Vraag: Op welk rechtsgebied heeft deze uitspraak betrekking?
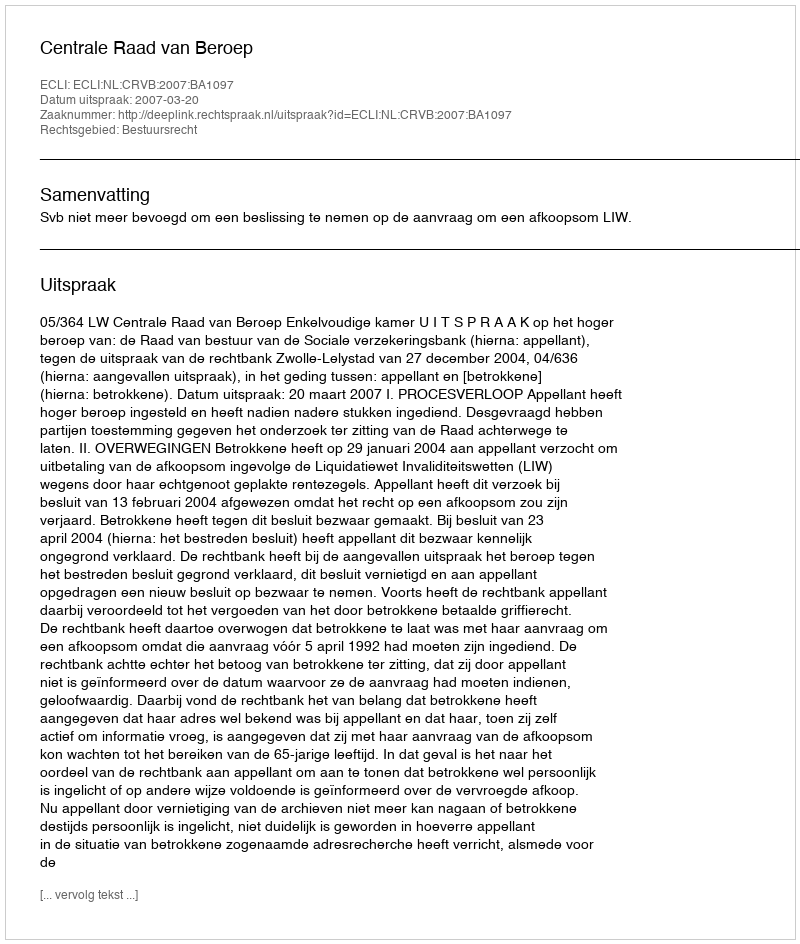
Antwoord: Bestuursrecht